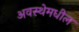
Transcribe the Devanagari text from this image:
अवस्थेमधील